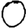
Digit: 0